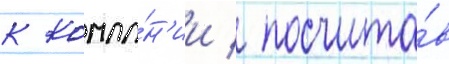
к компа́н'ии / посчита́в